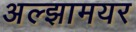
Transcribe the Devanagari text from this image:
अल्झामयर